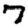
Digit: 7